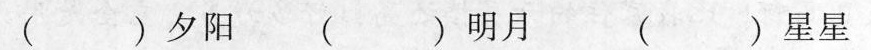
( )夕阳 ( )明月 ( )星星